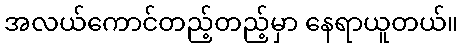
အလယ်ကောင်တည့်တည့်မှာ နေရာယူတယ်။